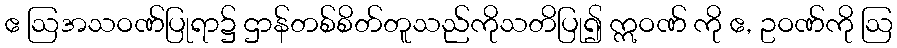
ဧ ဩအသဝဏ်ပြုရာ၌ ဌာန်တစ်စိတ်တူသည်ကိုသတိပြု၍ ဣဝဏ် ကို ဧ, ဥဝဏ်ကို ဩ